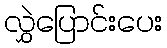
လွှဲပြောင်းပေး